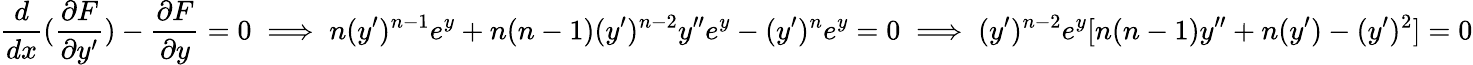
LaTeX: \frac{d}{dx}(\frac{\partial F}{\partial y^{\prime}})-\frac{\partial F}{\partial y}=0\implies n(y^{\prime})^{n-1}e^{y}+n(n-1)(y^{\prime})^{n-2}y^{\prime\prime}e^{y}-(y^{\prime})^{n}e^{y}=0\implies(y^{\prime})^{n-2}e^{y}[n(n-1)y^{\prime\prime}+n(y^{\prime})-(y^{\prime})^{2}]=0